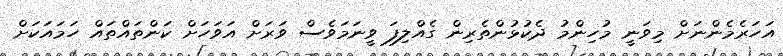
އަހަރެމެންނަށް މިވަނީ މުހިންމު ދެކުޅުންތެރިން ގެއްލިފަ ވީނަމަވެސް ވަރަށް އަވަހަށް ކަންތައްތައް ހަމައަކަށް